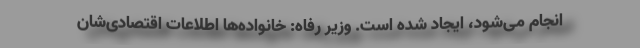
انجام می‌شود، ایجاد شده است. وزیر رفاه: خانواده‌ها اطلاعات اقتصادی‌شان